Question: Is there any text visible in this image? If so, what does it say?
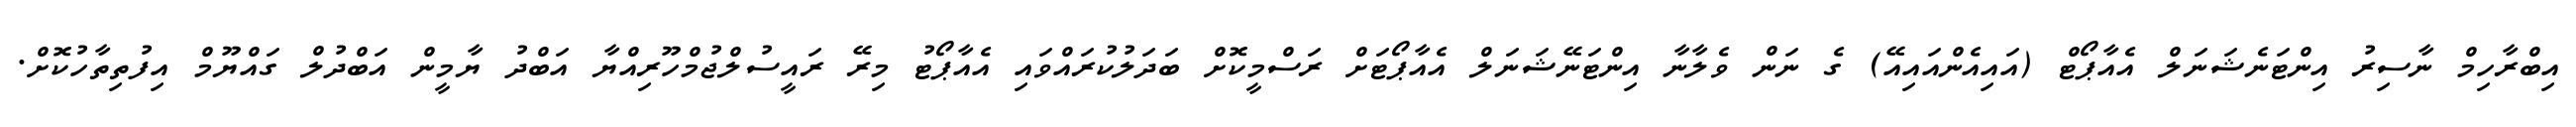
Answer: އިބްރާހިމް ނާސިރު އިންޓަނެޝަނަލް އެއާޕޯޓް (އައިއެންއައިއޭ) ގެ ނަން ވެލާނާ އިންޓަނޭޝަނަލް އެއާޕޯޓަށް ރަސްމީކޮށް ބަދަލުކުރައްވައި އެއާޕޯޓު މިރޭ ރައީސުލްޖުމްހޫރިއްޔާ އަބްދު ޔާމީން އަބްދުލް ގައްޔޫމް އިފުތިތާހުކޮށް.